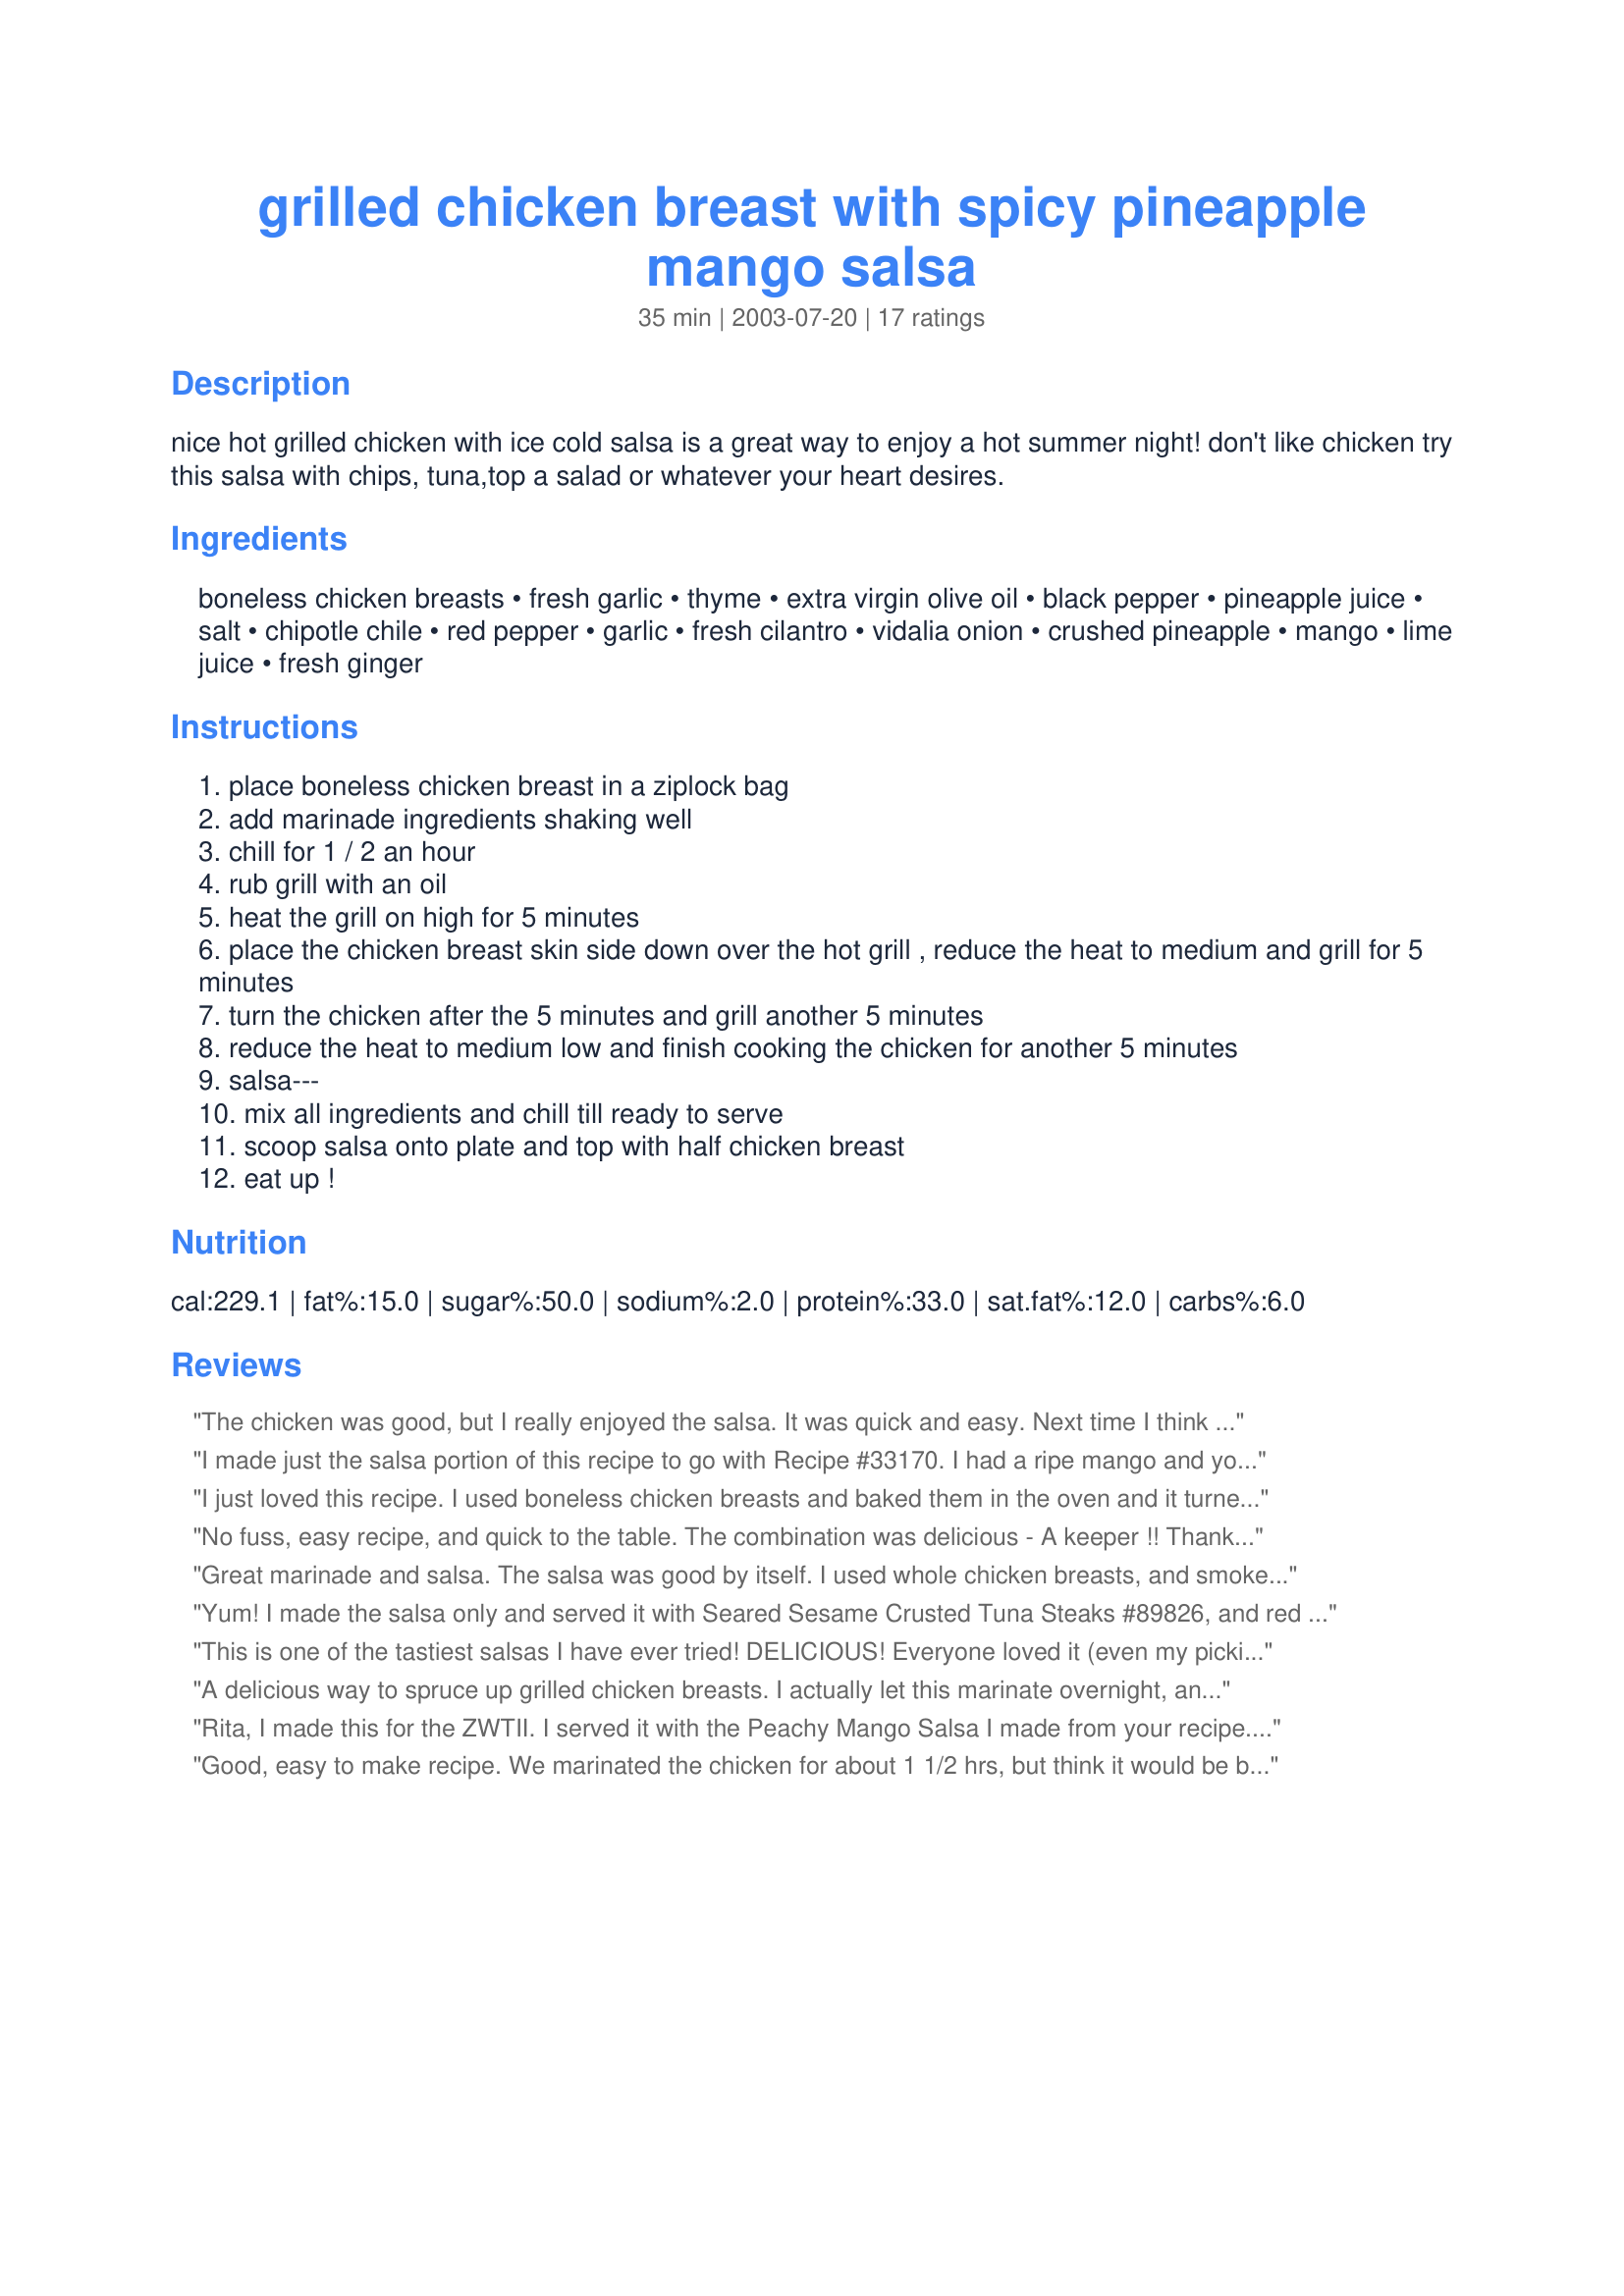
grilled chicken breast with spicy pineapple mango salsa
Preparation time: 35 minutes

nice hot grilled chicken with ice cold salsa is a great way to enjoy a hot summer night! don't like chicken try this salsa with chips, tuna,top a salad or whatever your heart desires.

Ingredients:
boneless chicken breasts, fresh garlic, thyme, extra virgin olive oil, black pepper, pineapple juice, salt, chipotle chile, red pepper, garlic, fresh cilantro, vidalia onion, crushed pineapple, mango, lime juice, fresh ginger

Steps:
place boneless chicken breast in a ziplock bag
add marinade ingredients shaking well
chill for 1 / 2 an hour
rub grill with an oil
heat the grill on high for 5 minutes
place the chicken breast skin side down over the hot grill , reduce the heat to medium and grill for 5 minutes
turn the chicken after the 5 minutes and grill another 5 minutes
reduce the heat to medium low and finish cooking the chicken for another 5 minutes
salsa---
mix all ingredients and chill till ready to serve
scoop salsa onto plate and top with half chicken breast
eat up !

Reviews:
The chicken was good, but I really enjoyed the salsa. It was quick and easy. Next time I think I will add more chipotle. Thanks for sharing!
I made just the salsa portion of this recipe to go with Recipe #33170. I had a ripe mango and your salsa sounded like the perfect fit. My husband and I thoroughly enjoyed it, but we both decided we'd prefer a chutney or something without onions and peppers next time (we like both of those things, and we like sweet/spicy together, but...). That said, it was actually very good, but just not what we were looking for. Thanks so much for sharing the recipe!
I just loved this recipe. I used boneless chicken breasts and baked them in the oven and it turned out great. The mango salsa was so good with the chicken. Yum.
No fuss, easy recipe, and quick to the table. The combination was delicious - A keeper !! Thanks Rita!
-michelle
Great marinade and salsa. The salsa was good by itself. I used whole chicken breasts, and smoked them slowly with mesquite--the result was out of this world. Thanks for posting.
Yum! I made the salsa only and served it with Seared Sesame Crusted Tuna Steaks #89826, and red beans & rice. The chipotle pepper was perfect in this, and I can't imagine substituting it. Since there was just the two of us, there was salsa left over, so I had some for lunch today over romaine lettuce and sprinkled with sunflower seeds. I think it tasted even better after sitting one day. I can't imagine any grilled meat this wouldn't be good with. Thank you!
This is one of the tastiest salsas I have ever tried! DELICIOUS! Everyone loved it (even my pickiest eater) and raved about it the whole week. You gotta try it.
A delicious way to spruce up grilled chicken breasts. I actually let this marinate overnight, and also let the salsa sit overnight also. It was delicious. Thank you.
Rita, I made this for the ZWTII. I served it with the Peachy Mango Salsa I made from your recipe. It was a hit, We loved it! Thanks!
Good, easy to make recipe. We marinated the chicken for about 1 1/2 hrs, but think it would be better with a longer marinating time. For the salsa, I subbed a jalapeno for the chipotle pepper, left out the red pepper and had to sub ground ginger for fresh. I served with rice and a salad for a nice different meal. Thanks for posting!
I fixed this for company - and we all loved it. The salsa was very mild... so might add more heat next time. The chicken was great the next day when we sliced it and added to a spinach salad.
Delicious! Had a hard time not eating it all with chips before the chicken was done. Perfect combo of sweet and spicy. I couldn&#039;t find a chipotle pepper so I used a jalapano and it was great.
this was fantastic i loved the salsa but didn't put any heat in it (red pepper flakes or chilpote pepper)next time i will.
I reviewed this a while back, but my review never went through I guess ..hmm :-P This chicken is absolutely marvelous. I love the marinade... the pineapple gives this chicken beautiful flavor! I also let the chicken marinate overnight, because I was really looking for immense flavor. Boy, did I get what I was looking for! How can anyone not like this chicken???? The description is very modest lol The salsa is marvelous also; Wonderful and unique flavors. Thanks for this recipe. Definitely a crowd pleaser!
This recipe is so tasty! The salsa is so good I just wanted to eat it with a spoon! I used this over salad greens and topped with cheddar. This is a new family favorite and we will use again and again! Thank you!
Great combination of flavours. I didn't remove the seeds from the chipotle & was initially worried that this was a mistake, but after the salsa had been sitting for a bit, it mellowed out nicely. The chicken was nice & tender, having been skilfully cooked by DH on the barbeque. Thanks Rita for another keeper.
I served this as a salad tonight with the chicken and salsa over a bed of leaf lettuce. Healthful and light- just right for a summer night!
